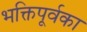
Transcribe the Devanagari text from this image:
भक्तिपूर्वका